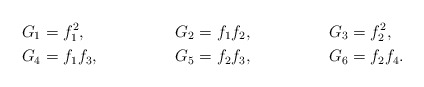
\begin{align*}G_1 &= f_1^2, & G_2 &= f_1f_2, & G_3 &= f_2^2,\\G_4 &= f_1f_3, & G_5 &= f_2f_3, & G_6 &= f_2f_4. \end{align*}